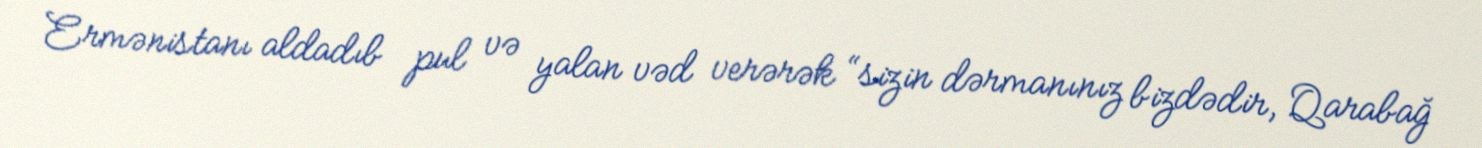
Ermənistanı aldadıb pul və yalan vəd verərək “sizin dərmanınız bizdədir, Qarabağ